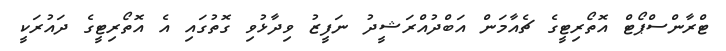
ޓްރާންސްޕޯޓް އޮތޯރިޓީގެ ޗެއާމަން އަބްދުއްރަޝީދު ނަފީޒު ވިދާޅުވި ގޮތުގައި އެ އޮތޯރިޓީގެ ދައުރަކީ